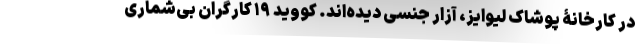
در کارخانۀ پوشاک لیوایز، آزار جنسی دیده‌اند. کووید ۱۹ کارگران بی‌شماری